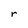
Character: r